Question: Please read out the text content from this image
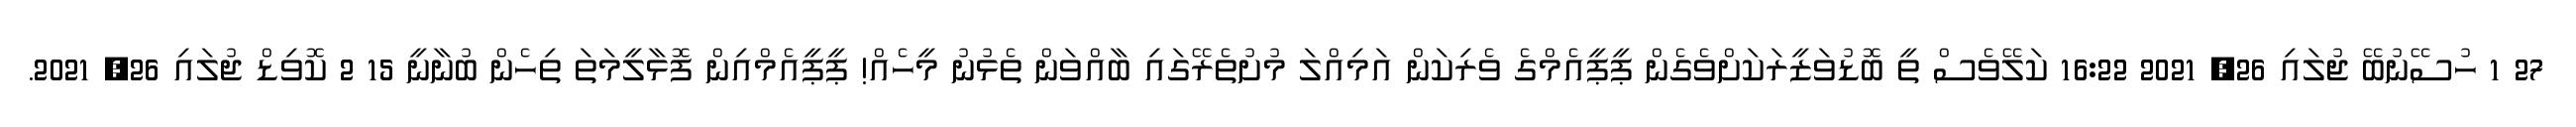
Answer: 27 1 ހުސޭނުބޭ ޖުލައި 26, 2021 16:22 ކަލޭވެސް ތީ ބޮޑުވަޒީރަކަށްވެގެން ޕީޕީއެމްގެ ވެރިކަން އަމިއްލަ މުށުތެރޭގައި ބާއްވަން ތެޅުނު މީހެއް! ޕީޕީއެމްއިން ފޮޅާލީމަތަ ތިހެން ބުނާނީ 15 2 ކޮވިޑް ޖުލައި 26, 2021.